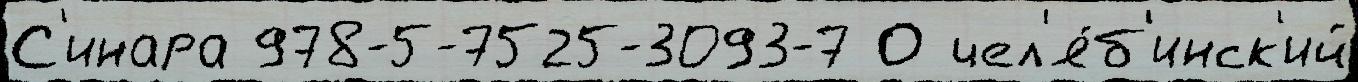
С'инара 978-5-7525-3093-7 О чел'я́б'инск'ий